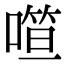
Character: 𰈢